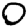
Digit: 0